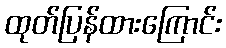
ထုတ်ပြန်ထားကြောင်း